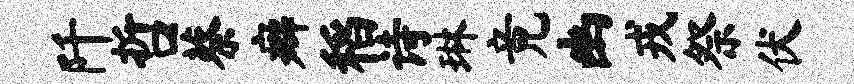
阡哲蔡癖稻诗琳竟幽戎祭伏